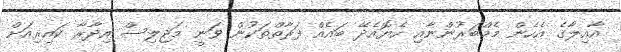
އާއިލާގެ އެހެން މެމްބަރުންނާއި ހެޔޮއެދޭ ބައެއް ފަރާތްތަކުން ވަނީ މަޖިލިސް އިދާރާ ކައިރިއަށް